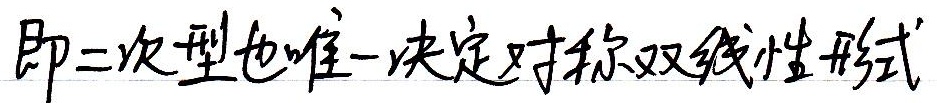
即二次型也唯一决定对称双线性形式